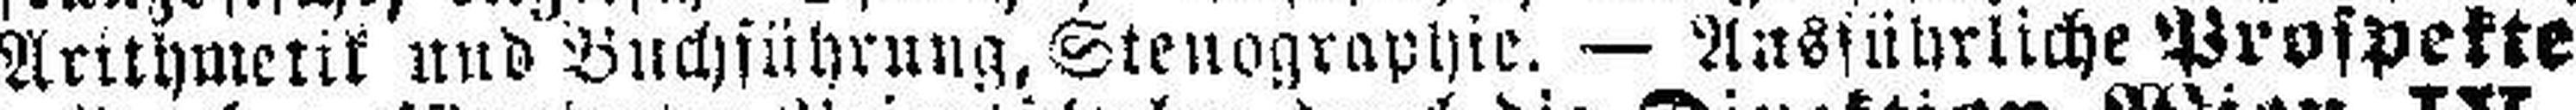
Arithmetik und Buchführung, Stenographie. — Ausführliche Prospekte